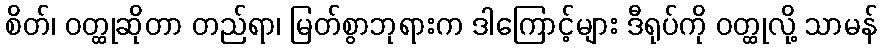
စိတ်၊ ဝတ္ထုဆိုတာ တည်ရာ၊ မြတ်စွာဘုရားက ဒါကြောင့်များ ဒီရုပ်ကို ဝတ္ထုလို့ သာမန်